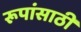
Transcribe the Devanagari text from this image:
रूपांसाठी